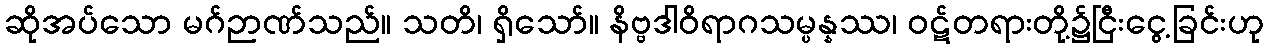
ဆိုအပ်သော မဂ်ဉာဏ်သည်။ သတိ၊ ရှိသော်။ နိဗ္ဗဒါဝိရာဂသမ္ပန္နဿ၊ ဝဋ်တရားတို့၌ငြီးငွေ့ခြင်းဟု